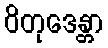
ဝိတုဒေန္တာ